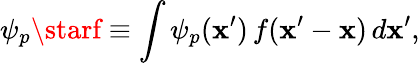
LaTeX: \psi_{p}\starf\equiv\int{\psi_{p}(\mathbf{x}^{\prime})\, f(\mathbf{x}^{\prime}-\mathbf{x})\, d\mathbf{x}^{\prime}},